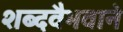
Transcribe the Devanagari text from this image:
शब्दवैभवाने